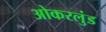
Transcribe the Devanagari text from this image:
ओकरलुंड